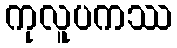
ကုလူပကဿ